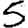
Digit: 5